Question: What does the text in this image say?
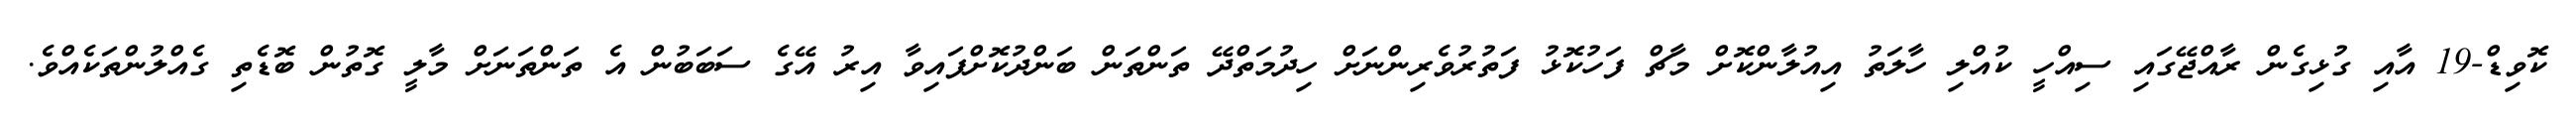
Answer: ކޮވިޑް-19 އާއި ގުޅިގެން ރާއްޖޭގައި ސިއްހީ ކުއްލި ހާލަތު އިއުލާންކޮށް މާޗް ފަހުކޮޅު ފަތުރުވެރިންނަށް ހިދުމަތްދޭ ތަންތަން ބަންދުކޮށްފައިވާ އިރު އޭގެ ސަބަބުން އެ ތަންތަނަށް މާލީ ގޮތުން ބޮޑެތި ގެއްލުންތަކެއްވެ.